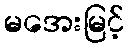
မအေးမြင့်